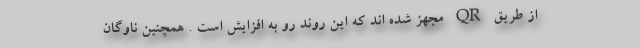
از طریق QR مجهز شده اند که این روند رو به افزایش است . همچنین ناوگان